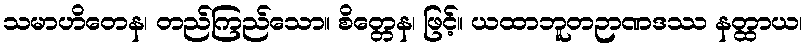
သမာဟိတေန၊ တည်ကြည်သော။ စိတ္တေန၊ ဖြင့်။ ယထာဘူတဉာဏဒဿ နတ္ထာယ၊